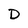
Character: D